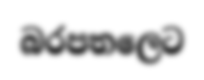
බරපතලෙට